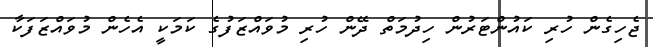
ޖެހިގެން ހުރި ކައުންޓަރުން ހިދުމަތް ދޭން ހުރި މުވައްޒަފުގެ ކަމަކީ އެހެން މުވައްޒަފަކާ